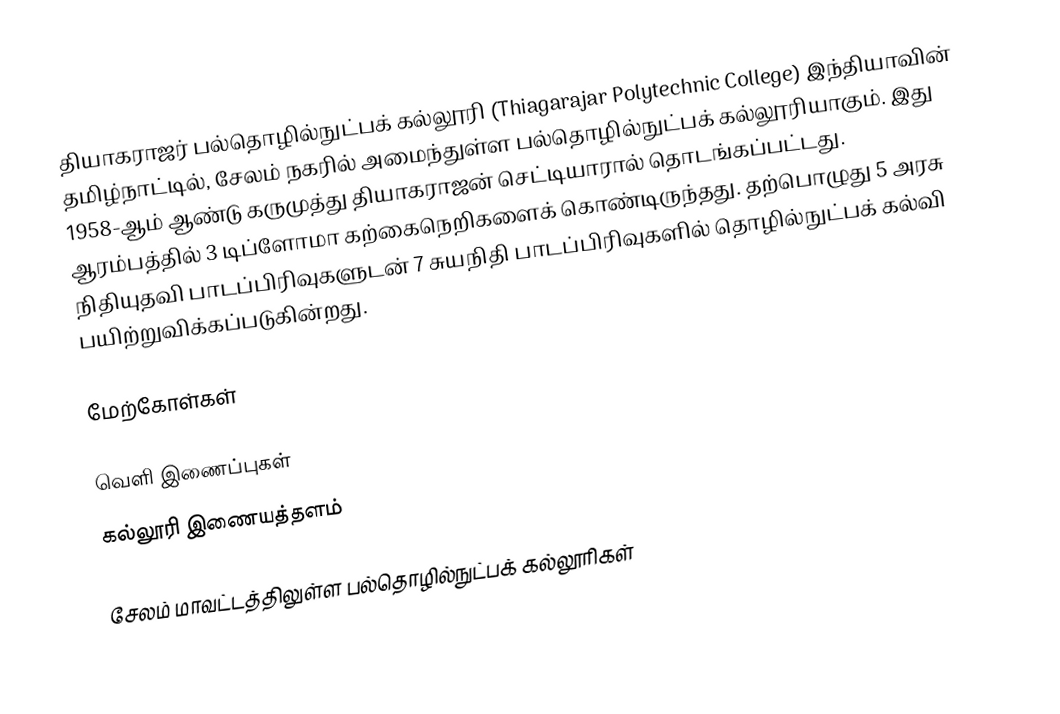
தியாகராஜர் பல்தொழில்நுட்பக் கல்லூரி (Thiagarajar Polytechnic College) இந்தியாவின் தமிழ்நாட்டில், சேலம் நகரில் அமைந்துள்ள பல்தொழில்நுட்பக் கல்லூரியாகும். இது 1958-ஆம் ஆண்டு கருமுத்து தியாகராஜன் செட்டியாரால் தொடங்கப்பட்டது. ஆரம்பத்தில் 3 டிப்ளோமா கற்கைநெறிகளைக் கொண்டிருந்தது. தற்பொழுது 5 அரசு நிதியுதவி பாடப்பிரிவுகளுடன் 7 சுயநிதி பாடப்பிரிவுகளில் தொழில்நுட்பக் கல்வி பயிற்றுவிக்கப்படுகின்றது.

மேற்கோள்கள்

வெளி இணைப்புகள்
கல்லூரி இணையத்தளம்

சேலம் மாவட்டத்திலுள்ள பல்தொழில்நுட்பக் கல்லூரிகள்